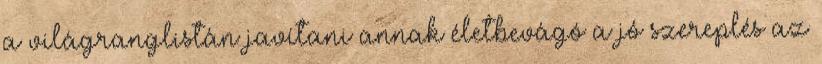
a világranglistán javítani annak életbevágó a jó szereplés az